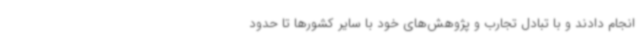
انجام دادند و با تبادل تجارب و پژوهش‌های خود با سایر کشورها تا حدود